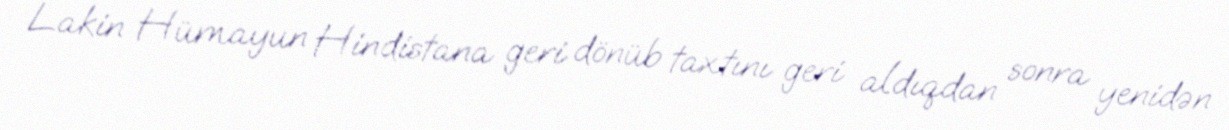
Lakin Hümayun Hindistana geri dönüb taxtını geri aldıqdan sonra yenidən